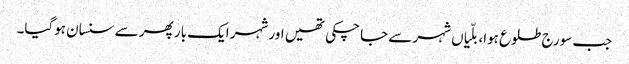
جب سورج طلوع ہوا، بلّیاں شہر سے جا چکی تھیں اور شہر ایک بار پھر سے سنسان ہوگیا۔